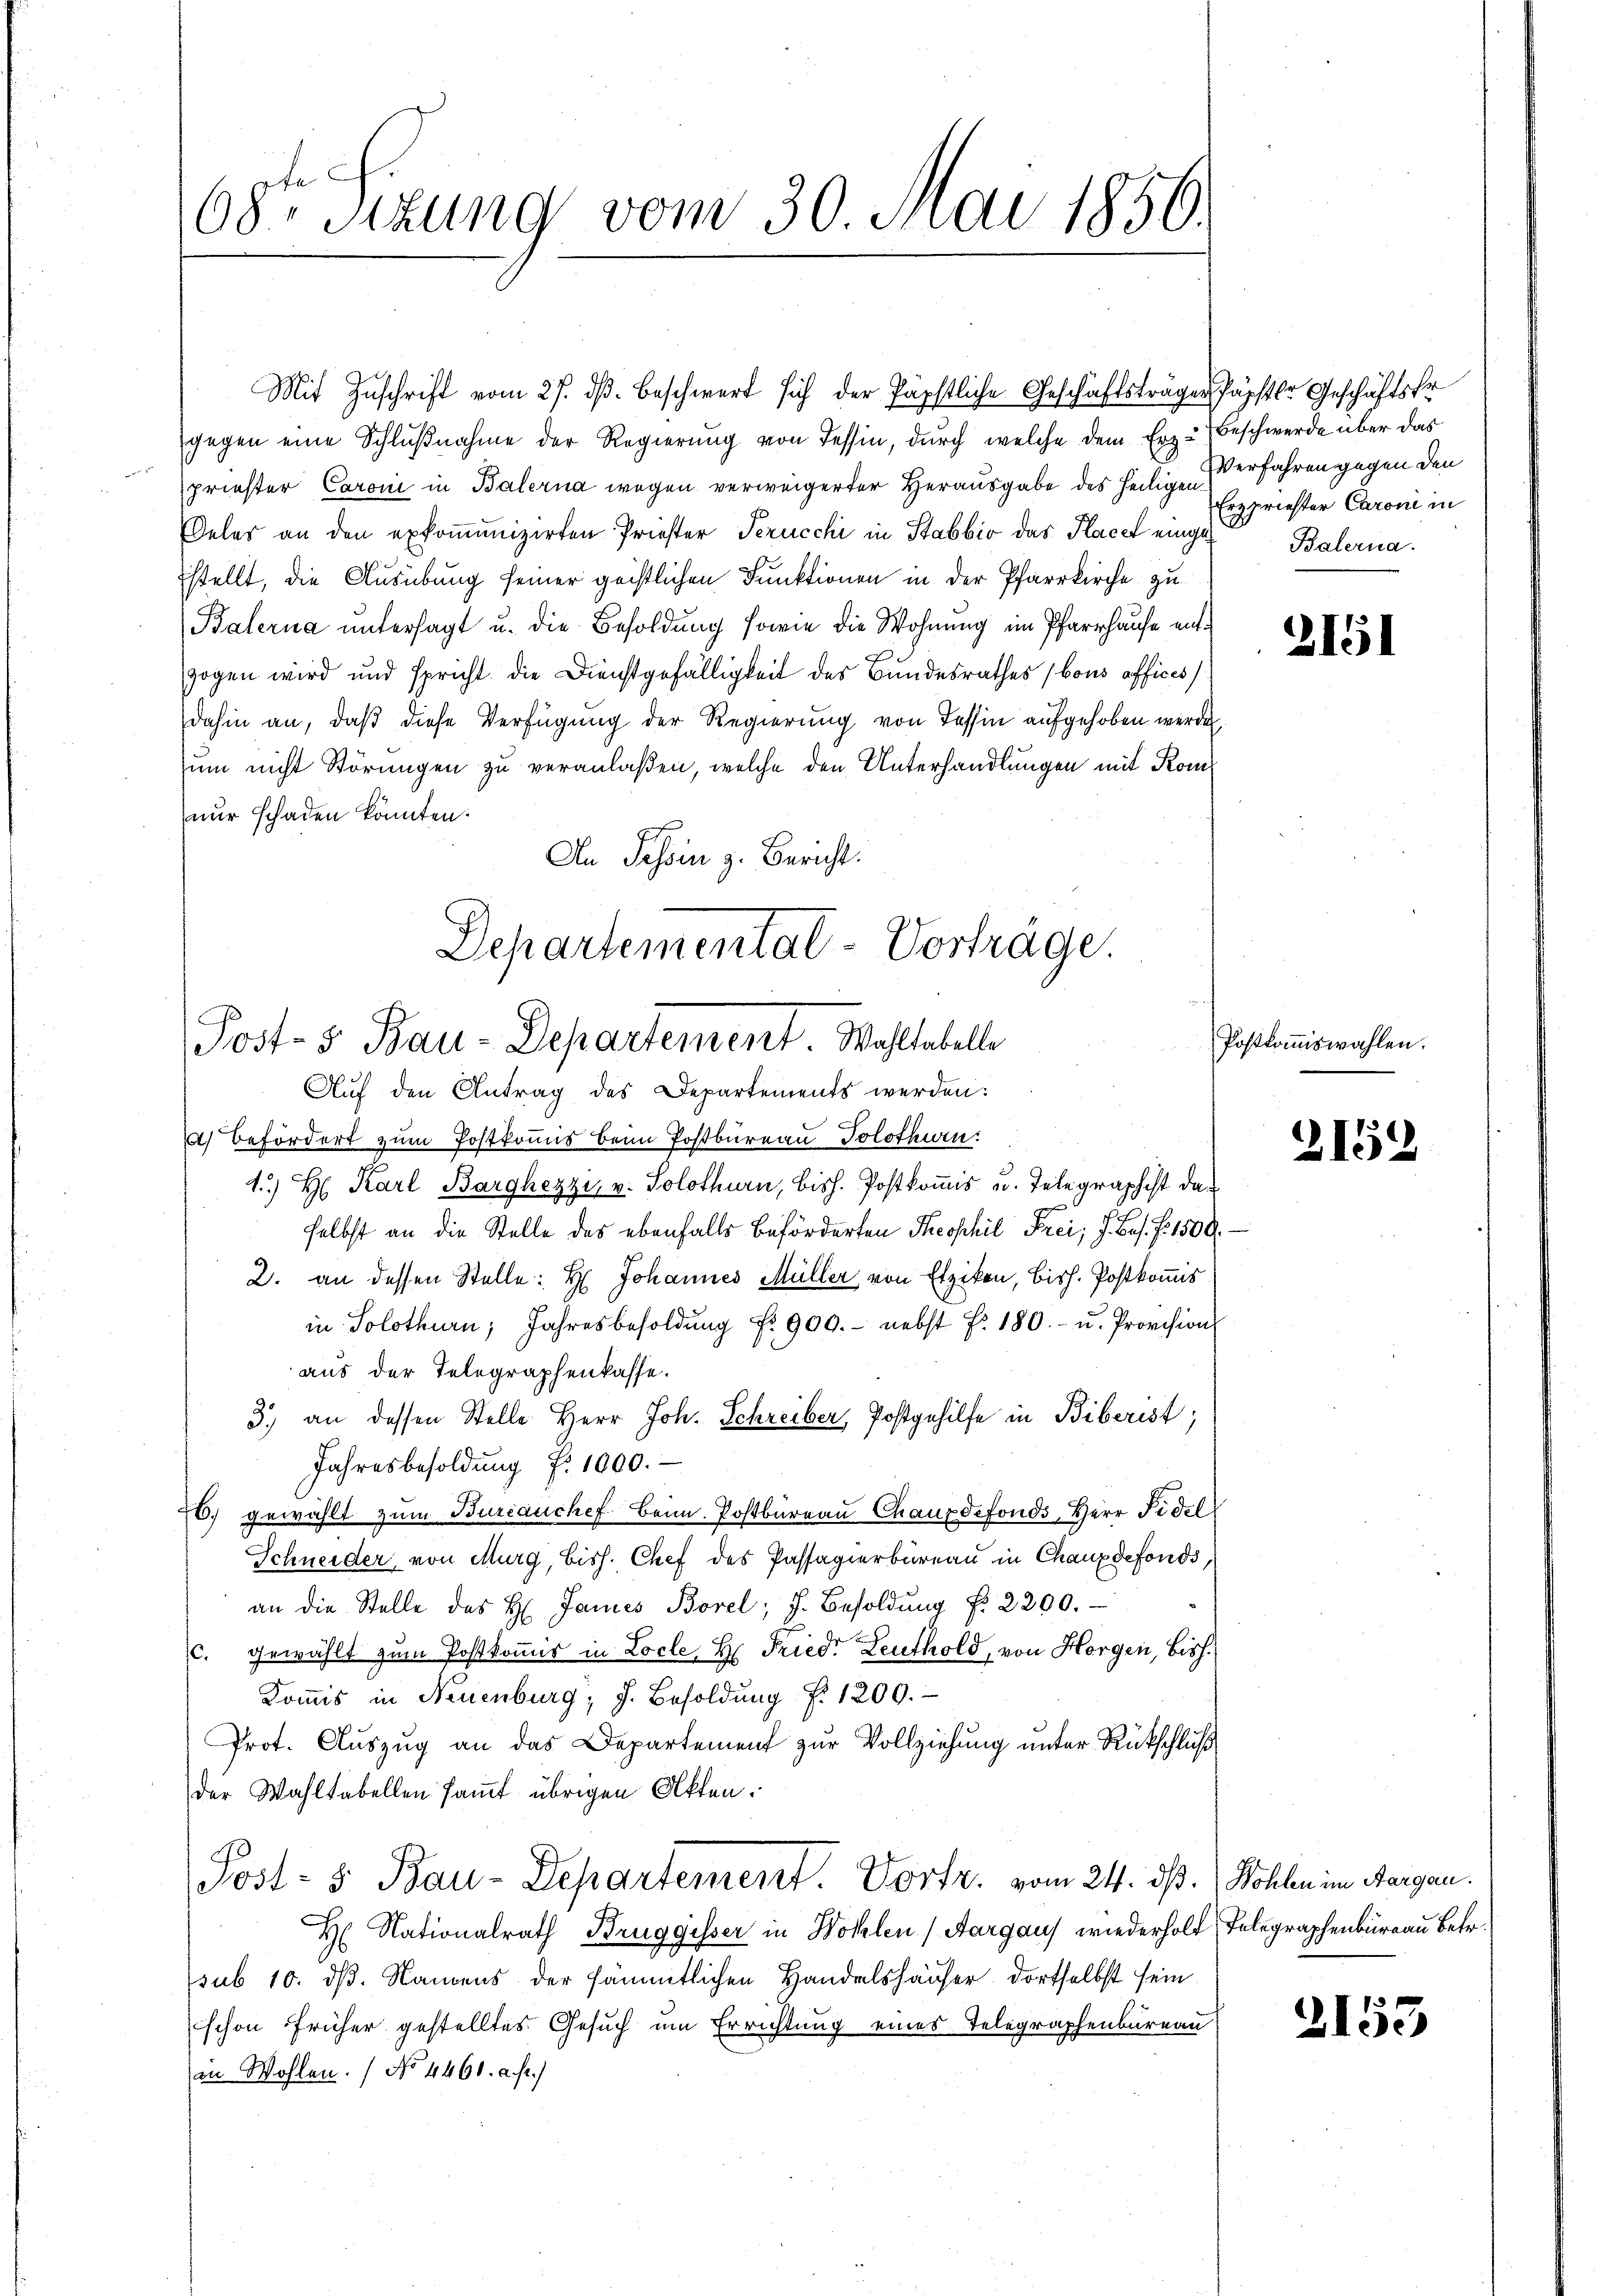
108ten Sizung vom 30. Mai 1850.

Mit Zuschrift vom 27. dβ. Beschwert sich der Papstliche Geschäftsträger Papster Geschäftsfr
gegen eine Schlußnahme der Regierung von Tessin, durch welche dem Erz-Beschwerde über das
priester Caroni in Balerna wegen verweigerter Herausgabe des heiligen erfahren gegen den
Deles an den exkomunizirten Priester Perucchi in Stabbio das Placet eingestellt, die Ausübung seiner geistlichen Funktionen in der Pfarrkirche zu
Balerna untersagt u. die Besoldung sowie die Wohnung im Pfarrhause entzogen wird und spricht die Dienstgefälligkeit des Bundesrathes (bous officis
dahin an, daβ diese Verfügung der Regierung von Tessin aufgehoben werde
um nicht Störungen zu veranlaßen, welche den Unterhandlungen mit Komnur schaden könnten.
An Tessin z. Bericht:

Departemental-Vorträge.
Post- 5. Bau-Departement Wohltabelle
Auf den Antrag des Departements werden:

befördert zum Postkomis beim Postbureau Solothurn.
1) H: Karl Barghezzi, v. Solothurn, bish. Postkomis u. Telegraphist daselbst an die Stelle des ebenfalls beförderten Theophil Frei; J. Bas. f. 1500.
2. an dessen Stelle: H: Johannes Müller von Etzikon, bish. Postkomis
in Solothurn, Jahresbesoldŭng f. 900.- nebst f. 180.- u. Provision
aus der Telegraphenkasse.
3.) an dessen Stelle Herr Joh. Schreiber, Postgehilfe in Biberist,
Jahresbesoldŭng N. 1000.
76. gewählt zum Burcauchef Beim. Postbüreaŭ Chauxdefonds, Herr Fidel
Schneider, von Murg, bish. Chef des Passagierbüreau in Chauxdefonds,
an die Stelle des H. Janes Borel, F. Besoldŭng f. 2200.
c. gewählt zum Postkommis in Locle, H. Fried. Leuthold, von Horgen, bish
Kommis in Neuenburg, J. Besoldŭng f. 1200.
Prot. Auszug an das Departement zur Vollziehung unter Rückschluß
der Wahltabellen samt übrigen Akten.
Post- & Bau-Departement. Vortr. vom 24. dß. Wohlen im Aargau.
H. Nationalrath Bruggisser in Wohlen (Aargaus wiederholt Telegraphenbureau Betr.
sub 10. dß. Namens der sämmtlichen Handelshäuser, dortselbst sein
schon früher gestelltes Gesuch um Errichtung eines Telegraphenbureau
c
in Wohlen. No 4460. c. fr.)

Erzpriester Caroni in
Balerna.

2151

Postkommiswahlen.

2152

2153